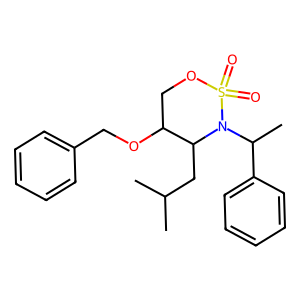
SMILES: CC(C)CC1C(OCc2ccccc2)COS(=O)(=O)N1C(C)c1ccccc1
Inhibits HIV replication: No